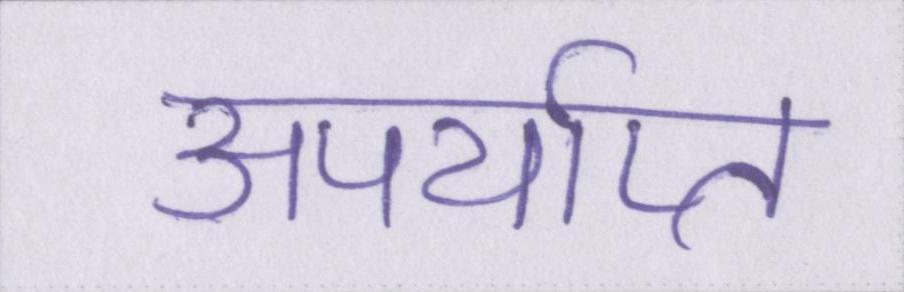
अपर्याप्त